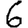
Digit: 6